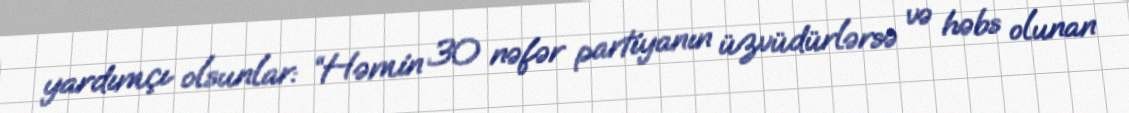
yardımçı olsunlar: “Həmin 30 nəfər partiyanın üzvüdürlərsə və həbs olunan